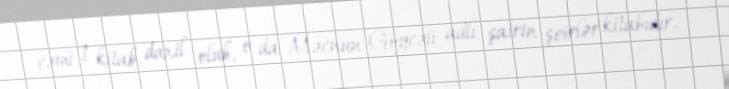
cəmi 1 kitab daxil olub, o da Məcnun Göycəli adlı şairin şeirlər kitabıdır.